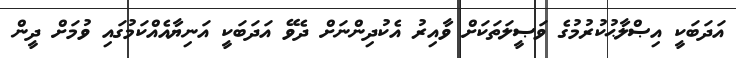
އަދަބަކީ އިޞްލާޙުކުރުމުގެ ވަޞީލަތަކަށް ވާއިރު އެކުދިންނަށް ދެވޭ އަދަބަކީ އަނިޔާއެއްކަމުގައި ވުމަށް ދީން